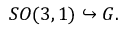
S O ( 3 , 1 ) \hookrightarrow G .